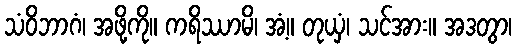
သံဝိဘာဂံ၊ အဖို့ကို။ ကရိဿာမိ၊ အံ့။ တုယှံ၊ သင်အား။ အဒတွာ၊